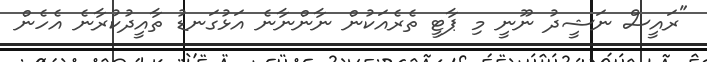
"ރައީސް ނަޝީދު ނޫނީ މި ޕާޓީ ތެރެއަކުން ނާންނާނެ އަޅުގަނޑު ތާއީދުކުރާނެ އެހެން